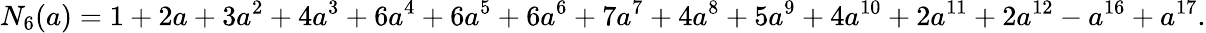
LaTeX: N_{6}(a)=1+2a+3a^{2}+4a^{3}+6a^{4}+6a^{5}+6a^{6}+7a^{7}+4a^{8}+5a^{9}+4a^{10}+2a^{11}+2a^{12}-a^{16}+a^{17}.